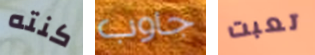
كنته جاوب تعبت